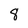
Character: 8